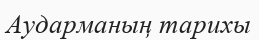
Аударманың тарихы